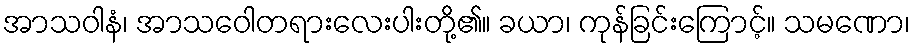
အာသဝါနံ၊ အာသဝေါတရားလေးပါးတို့၏။ ခယာ၊ ကုန်ခြင်းကြောင့်။ သမဏော၊